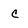
Character: C